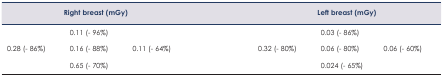
<table><thead><tr><td></td><td><b>Right breast (mGy)</b></td><td></td><td></td><td><b>Left breast (mGy)</b></td><td></td></tr></thead><tbody><tr><td></td><td>0.11 (− 96%)</td><td></td><td></td><td>0.03 (− 86%)</td><td></td></tr><tr><td>0.28 (− 86%)</td><td>0.16 (− 88%)</td><td>0.11 (− 64%)</td><td>0.32 (− 80%)</td><td>0.06 (− 80%)</td><td>0.06 (− 60%)</td></tr><tr><td></td><td>0.65 (− 70%)</td><td></td><td></td><td>0.024 (− 65%)</td><td></td></tr></tbody></table>